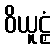
ဝိယူဠှံ